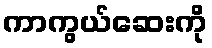
ကာကွယ်ဆေးကို